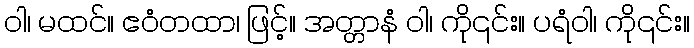
ဝါ၊ မထင်။ ဧဝံတထာ၊ ဖြင့်။ အတ္တာနံ ဝါ၊ ကို၎င်း။ ပရံဝါ၊ ကို၎င်း။